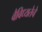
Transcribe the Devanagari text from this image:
वैविध्यतेचे